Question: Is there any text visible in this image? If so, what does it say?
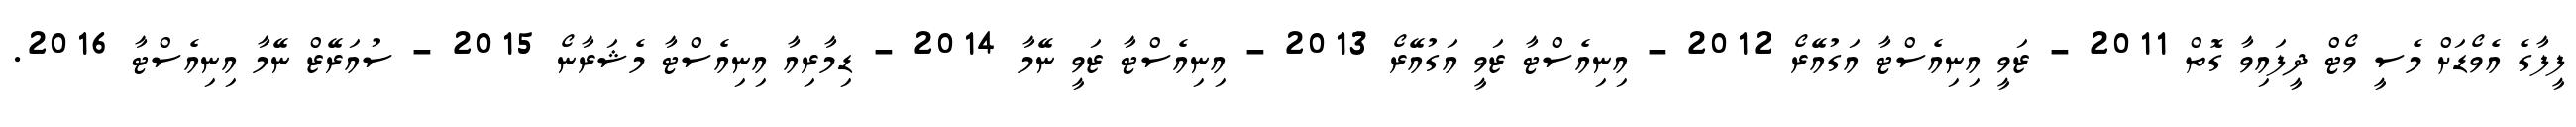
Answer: ފީފާގެ އެވޯޑަށް މެސީ ވޯޓް ދީފައިވާ ގޮތް 2011 - ޒަވީ އިނިއެސްޓާ އަގުއޭރޯ 2012 - އިނިއެސްޓާ ޒަވީ އަގުއޭރޯ 2013 - އިނިއެސްޓާ ޒަވީ ނޭމާ 2014 - ޑިމާރިއާ އިނިއެސްޓާ މެޝަރާނޯ 2015 - ސުއަރޭޒް ނޭމާ އިނިއެސްޓާ 2016.